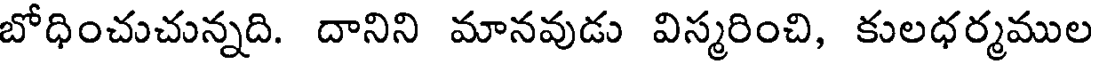
బోధించుచున్నది. దానిని మానవుడు విస్మరించి, కులధర్మముల